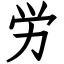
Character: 労